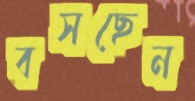
বসছেন